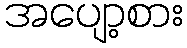
အပျော့စား